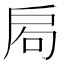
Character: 𢩁